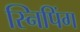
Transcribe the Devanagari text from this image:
स्निपिंग